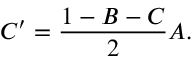
C ^ { \prime } = \frac { 1 - B - C } { 2 } A .